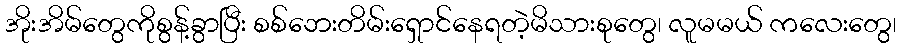
အိုးအိမ်တွေကိုစွန့်ခွာပြီး စစ်ဘေးတိမ်းရှောင်နေရတဲ့မိသားစုတွေ၊ လူမမယ် ကလေးတွေ၊